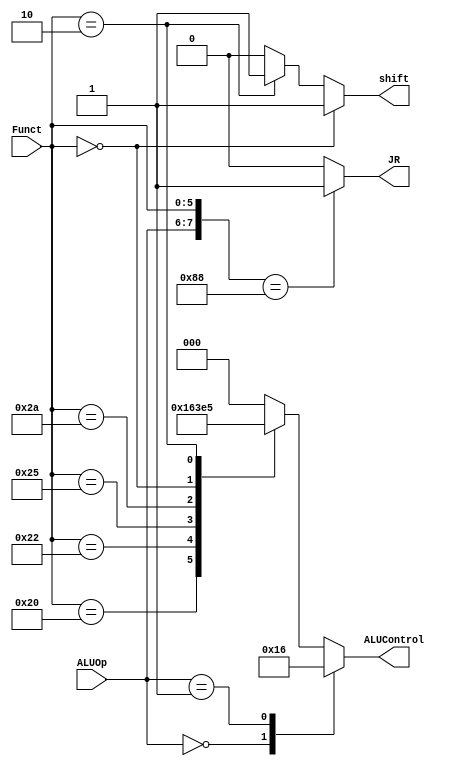
module alu_decoder (Funct, ALUOp, ALUControl, JR, shift);
    input [5:0] Funct;
    input [1:0] ALUOp;
    output reg [2:0] ALUControl; 

    output JR;
    output shift;

    always @(*) begin
        case(ALUOp) 
            2'b00: ALUControl = 3'b010; // ADDI, LW, SW
            2'b01: ALUControl = 3'b110; // BNE, BEQ
        default:
            case(Funct) // 10 for R opperations
                6'b100000: ALUControl = 3'b010; // ADD
                6'b100010: ALUControl = 3'b110; // SUB
                6'b100100: ALUControl = 3'b000; // bitwise-AND
                6'b100101: ALUControl = 3'b001; // bitwise-OR
                6'b101010: ALUControl = 3'b111; // SLT
                6'b000000: ALUControl = 3'b100; // SLL
                6'b000010: ALUControl = 3'b101; // SLR
            default:
                ALUControl = 3'b000;
            endcase
        endcase
    end

    assign JR = ( {ALUOp,Funct} == 8'b10001000 ) ? 1 : 0; 
    assign shift = (Funct == 6'b000000) ? 1 : (Funct == 6'b000010) ? 1 : 0;
    // assign JR = (ALUOp == 2'b10) ? ( (funct == 6'b001000) ? 1 : 0 ) : 0;


endmodule